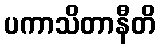
ပကာသိတာနီတိ